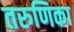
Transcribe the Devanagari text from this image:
तरुणिका